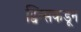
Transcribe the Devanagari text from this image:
ट्विन्सकडून